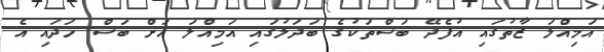
އަމިއްލަ ޒާތުގައި އުފެދޭ ބަސްތަކުގެ ބަދަލުގައި އަމިއްލަ އަށް ބަސް ހަދައި އެ